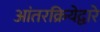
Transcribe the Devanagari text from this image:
आंतरक्रियेद्वारे